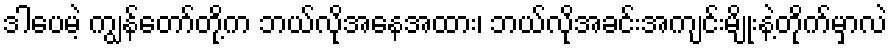
ဒါပေမဲ့ ကျွန်တော်တို့က ဘယ်လိုအနေအထား၊ ဘယ်လိုအခင်းအကျင်းမျိုးနဲ့တိုက်မှာလဲ